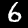
Digit: 6